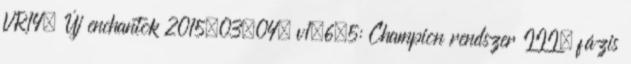
VR14, Új enchantok 2015.03.04. v1.6.5: Champion rendszer III. fázis